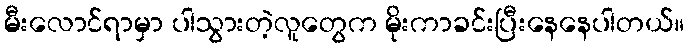
မီးလောင်ရာမှာ ပါသွားတဲ့လူတွေက မိုးကာခင်းပြီးနေနေပါတယ်။